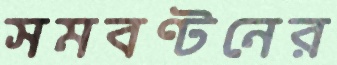
সমবণ্টনের